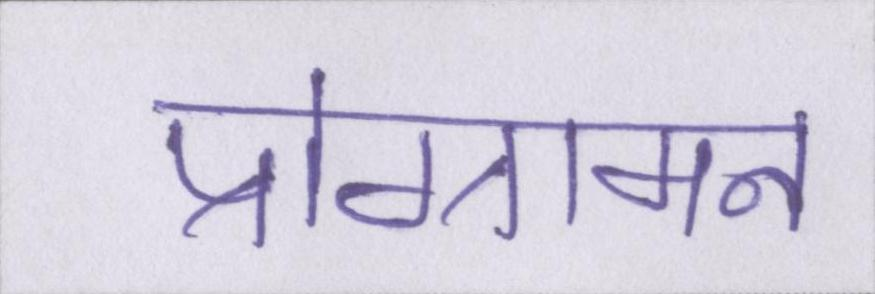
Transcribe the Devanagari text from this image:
प्रोग्रामन